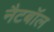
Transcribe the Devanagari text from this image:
नैटबॉल